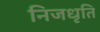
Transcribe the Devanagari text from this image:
निजधृति